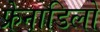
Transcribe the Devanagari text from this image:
फ्रेनाडिलो